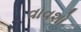
વાવશો